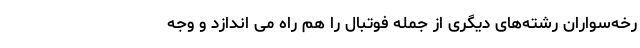
رخه‌سواران رشته‌های دیگری از جمله فوتبال را هم راه می اندازد و وجه